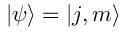
| \psi \rangle = | j , m \rangle